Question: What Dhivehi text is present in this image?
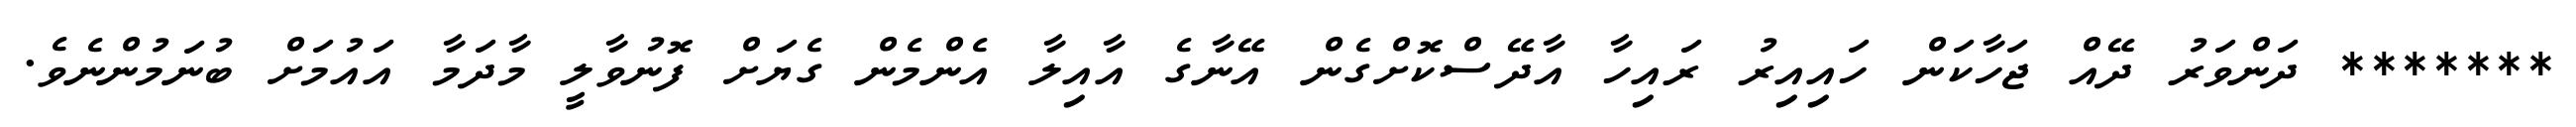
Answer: ******* ދަންވަރު ދޭއް ޖަހާކަން ހައިއިރު ރައިހާ އާދޭސްކޮށްގެން އޭނާގެ އާއިލާ އެންމެން ގެޔަށް ފޮނުވާލީ މާދަމާ އައުމަށް ބުނަމުންނެވެ.